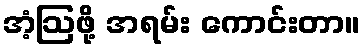
အံ့ဩဖို့ အရမ်း ကောင်းတာ။